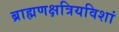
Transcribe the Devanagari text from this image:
ब्राह्मणक्षत्रियविशां